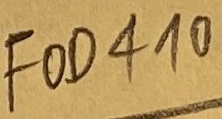
Text: FOD410